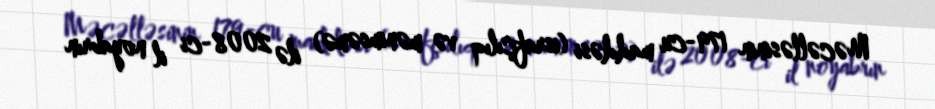
Məcəlləsinin 179-cu maddəsi (israfçılıq və mənimsəmə) ilə 2008-ci il noyabrın